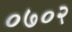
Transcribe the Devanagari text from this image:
०७०२